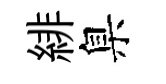
緋臬